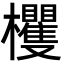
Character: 欔